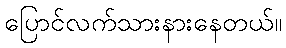
ပြောင်လက်သားနားနေတယ်။